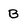
Character: B